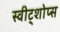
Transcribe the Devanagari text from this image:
स्वीट्शोप्स